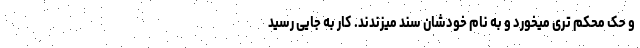
و حک محکم تری میخورد و به نام خودشان سند میزندند. کار به جایی رسید